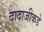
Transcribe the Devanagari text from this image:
दादाजीकडे